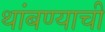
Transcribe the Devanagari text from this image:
थांबण्याची